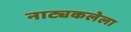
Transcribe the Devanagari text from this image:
नाट्यकलेला